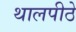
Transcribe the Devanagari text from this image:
थालपीठे